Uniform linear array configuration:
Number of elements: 48
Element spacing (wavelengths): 0.5
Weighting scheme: kaiser
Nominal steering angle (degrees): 15
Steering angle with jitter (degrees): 14.523
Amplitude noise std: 0.05
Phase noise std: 0.05

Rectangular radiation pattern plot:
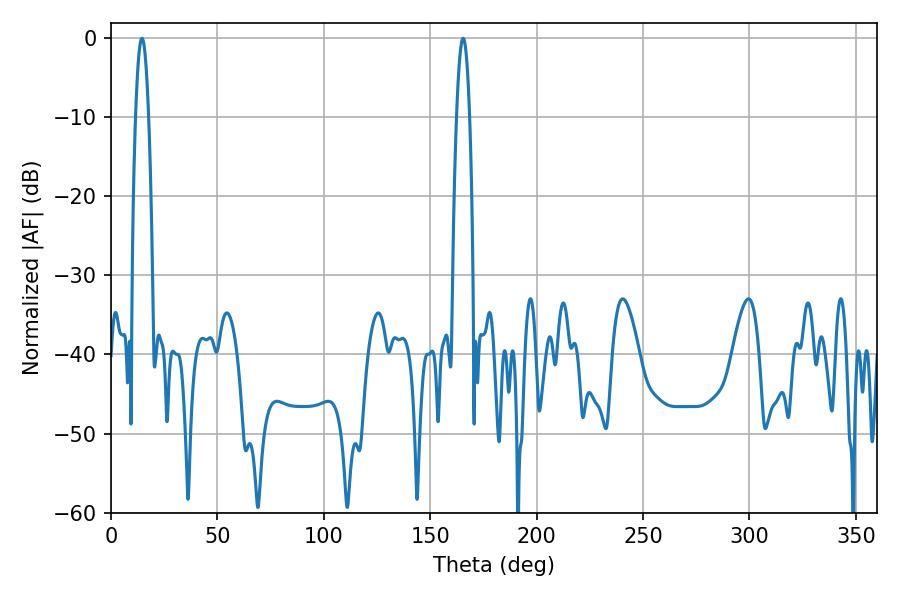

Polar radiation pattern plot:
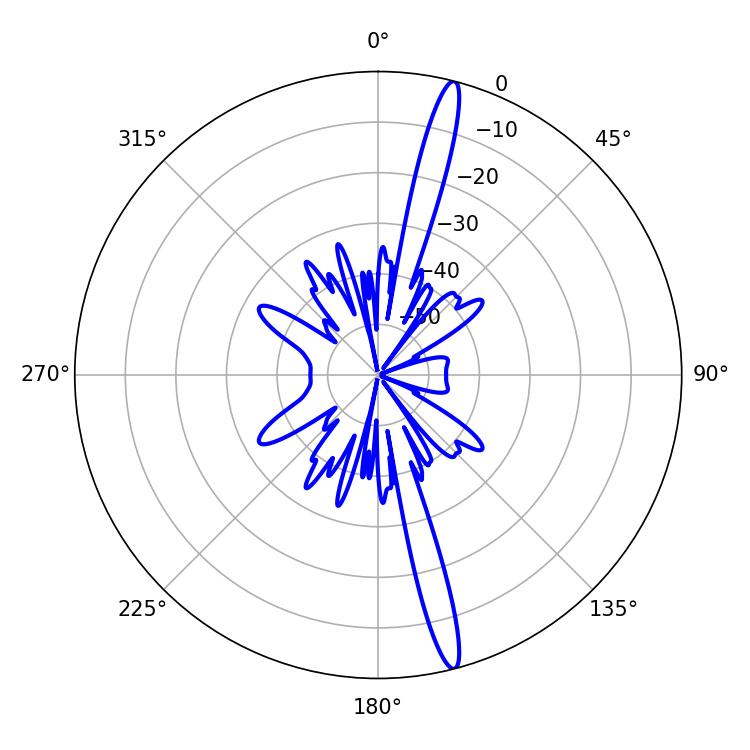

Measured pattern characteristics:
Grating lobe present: FALSE
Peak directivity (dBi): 17.937
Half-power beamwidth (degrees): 3.24
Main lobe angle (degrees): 14.58